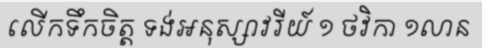
លើកទឹកចិត្ត ទង់អនុស្សាវរីយ៍ ១ ថវិកា ១លាន